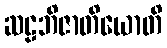
ဆဠဘိဇာတိယောတိ